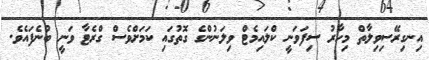
އިނގިރޭސިވިލާތް މިހާރު ސިފަވަނީ ކްލައިމެޓް ވިލަނުންގެ ގޮތުގައި ކަމަށްވެސް ގްރެޓާ ވަނީ ބުނެފައެވެ.